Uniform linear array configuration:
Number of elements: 64
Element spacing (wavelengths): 1
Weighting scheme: binomial
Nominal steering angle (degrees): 0
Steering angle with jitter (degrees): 1.554
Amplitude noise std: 0.05
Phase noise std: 0.05

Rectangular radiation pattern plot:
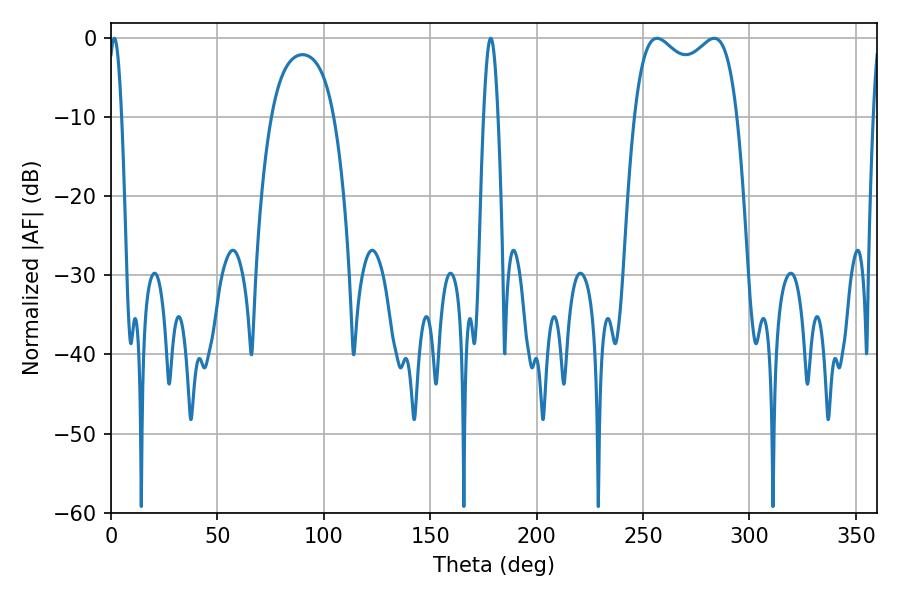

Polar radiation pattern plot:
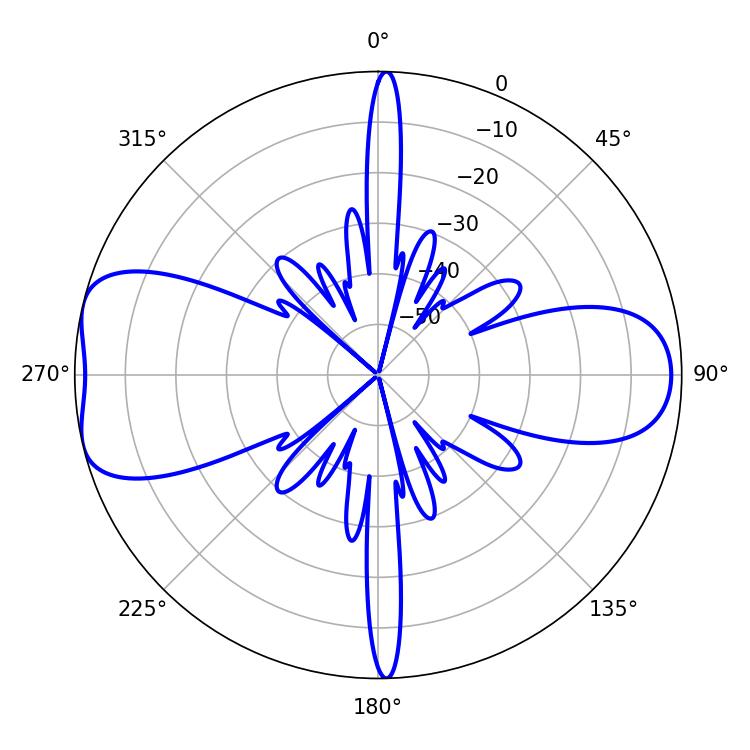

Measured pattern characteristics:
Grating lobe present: TRUE
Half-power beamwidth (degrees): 39.96
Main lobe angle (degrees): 256.5